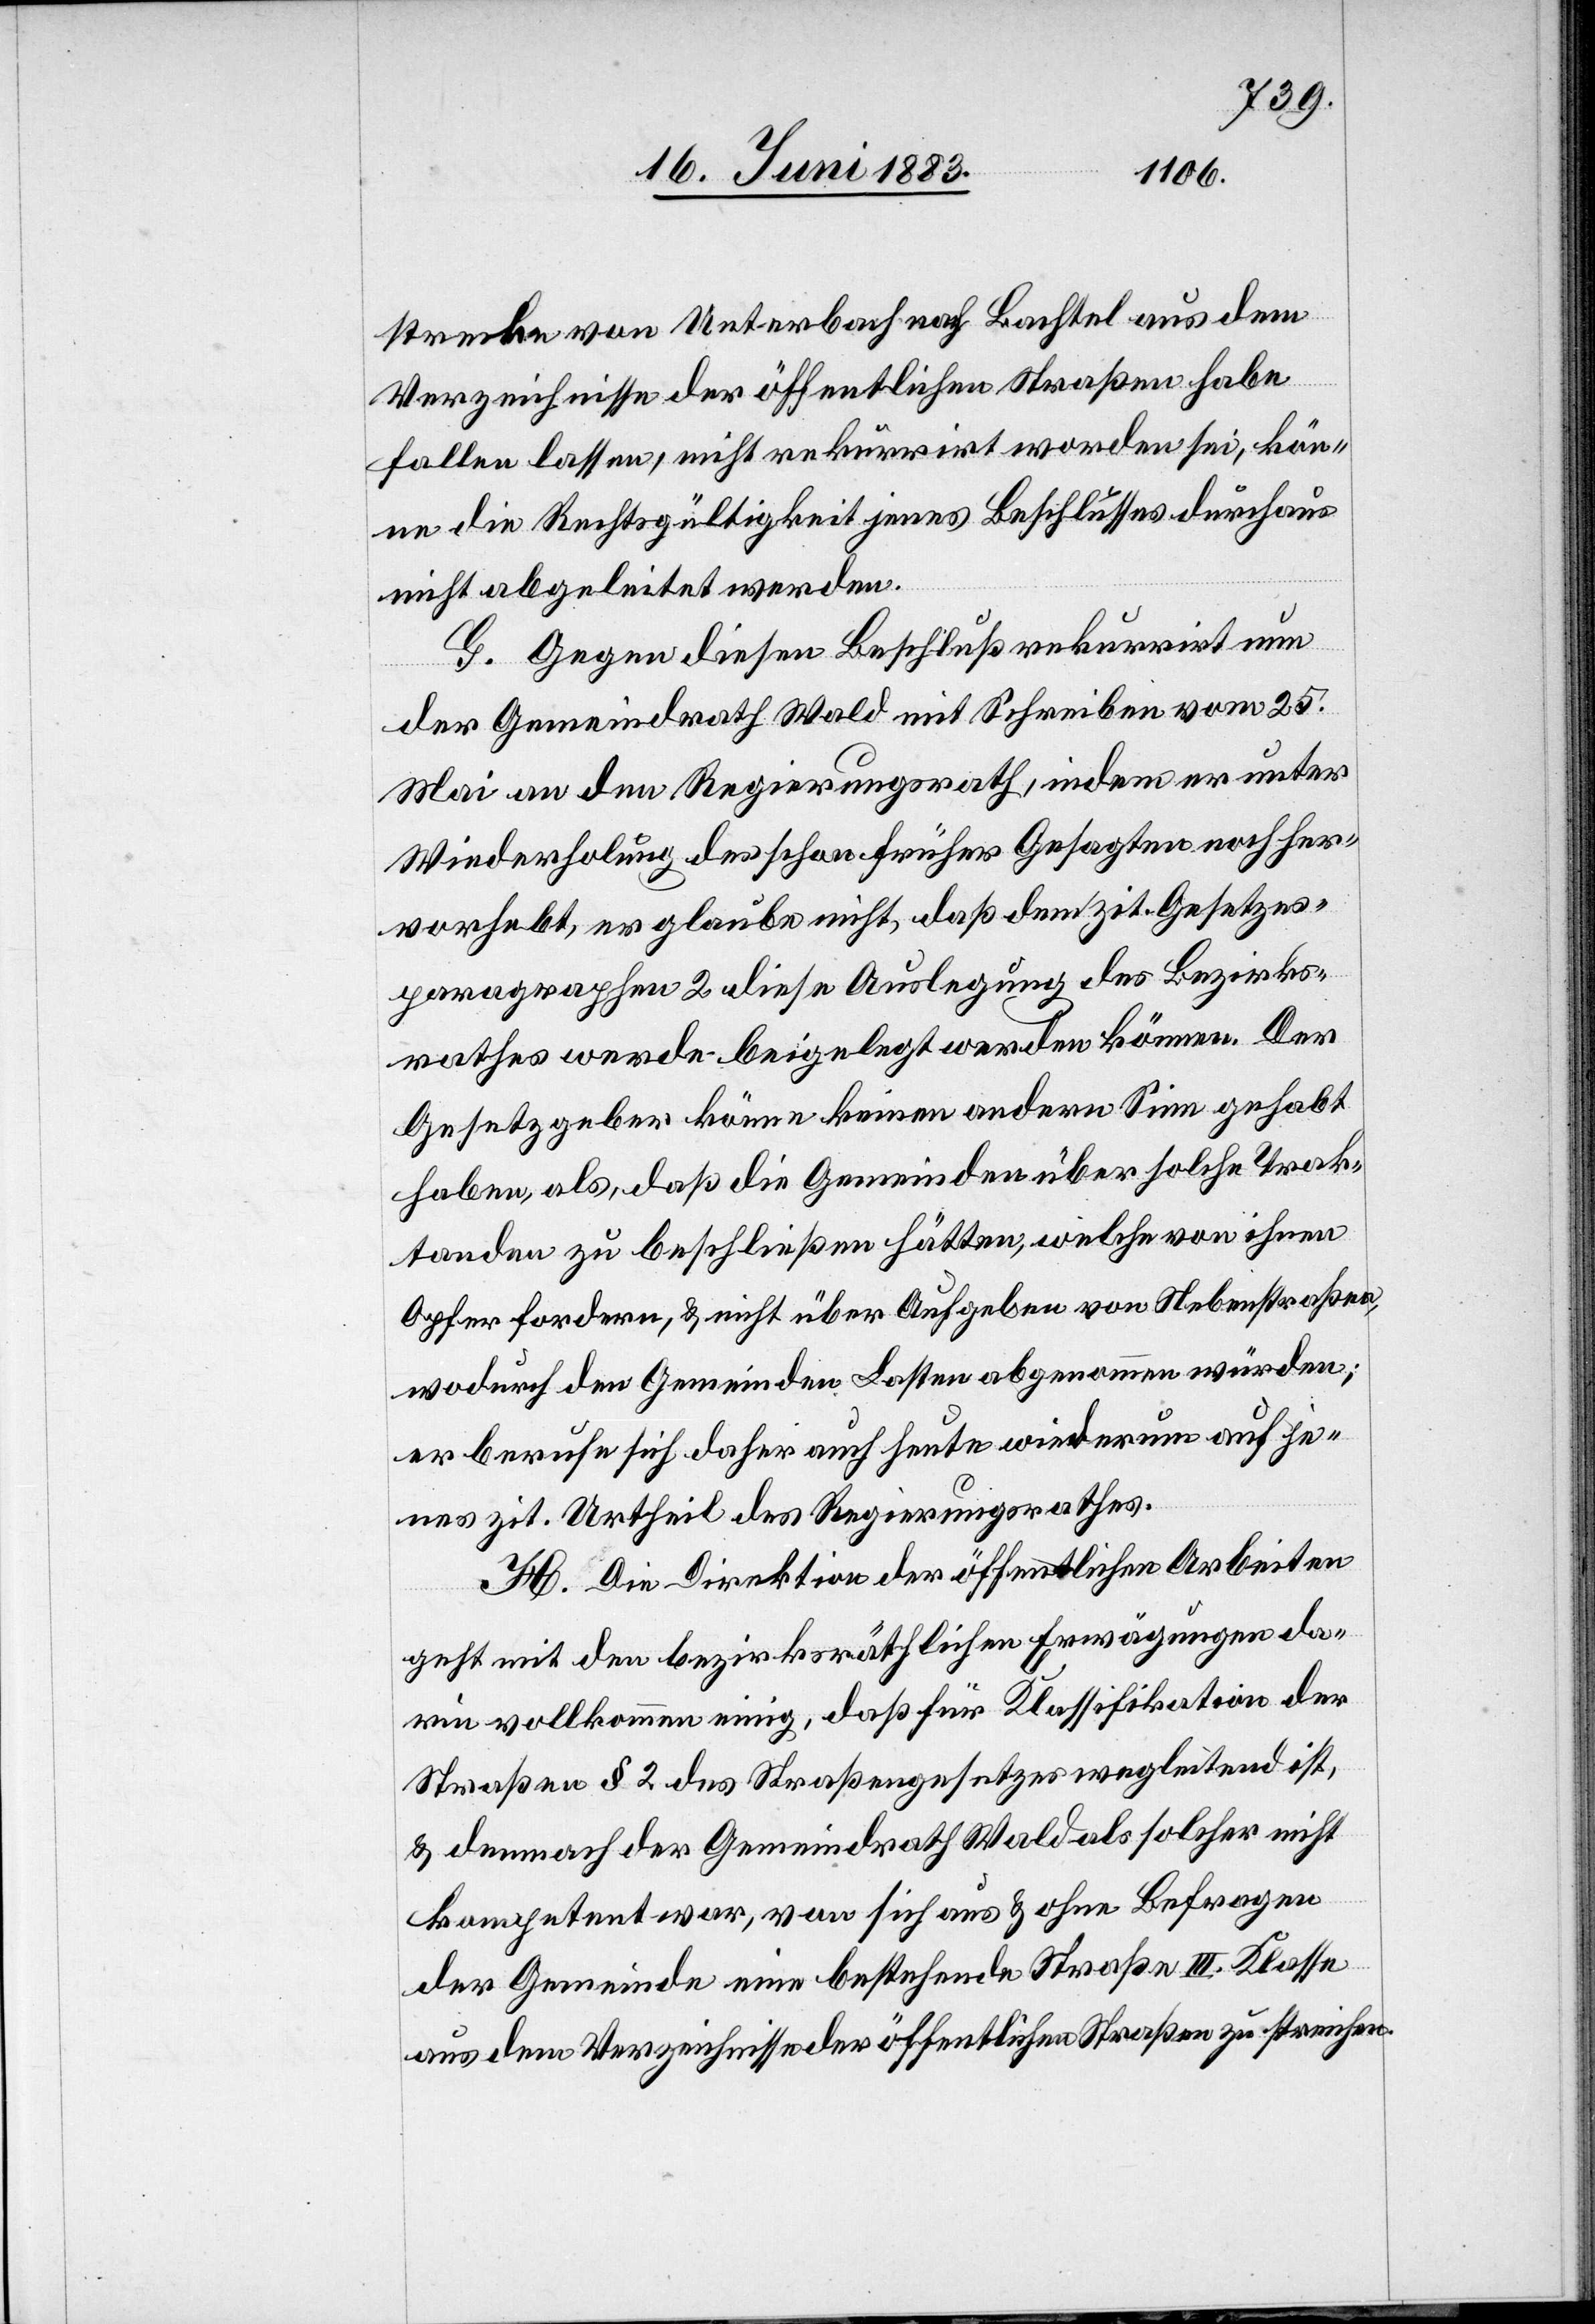
strecken von Unterbach nach Bachtel aus dem
Verzeichnisse der öffentlichen Straßen habe
fallen lassen, nicht rekurrirt worden sei, kön¬
ne die Rechtsgültigkeit jenes Beschlusses durchaus
nicht abgeleitet werden.
G. Gegen diesen Beschluß rekurrirt nun
der Gemeindrath Wald mit Schreiben vom 25.
Mai an den Regierungsrath, indem er unter
Wiederholung des schon früher Gesagten noch her¬
vorhebt, er glaube nicht, daß dem zit. Gesetzes¬
paragraphen 2 diese Auslegung des Bezirks¬
rathes werde beigelegt werden können. Der
Gesetzgeber könne keinen andern Sinn gehabt
haben, als daß die Gemeinde über solche Trak¬
tanden zu beschließen hätten, welche von ihnen
Opfer fordern, & nicht über aufgaben von Nebenstraßen,
wodurch den Gemeinden Lasten abgenommen würden;
er berufe sich daher auch heute wiederum auf je¬
nes zit. Urtheil des Regierungsrathes.
H. Die Direktion der öffentlichen Arbeiten
geht mit den bezirksräthlichen Erwägungen da¬
rin vollkommen einig, das für Klassifikation der
Straßen § 2 des Straßengesetzes wegleitend ist,
& demnach der Gemeindrath Wald als solcher nicht
kompetent war, von sich aus & ohne Befragen
der Gemeinde eine bestehende Straße III. Klasse
aus dem Verzeichnisse der öffentlichen Straßen zu streichen.